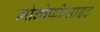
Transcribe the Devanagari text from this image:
मोनोफीसाइट